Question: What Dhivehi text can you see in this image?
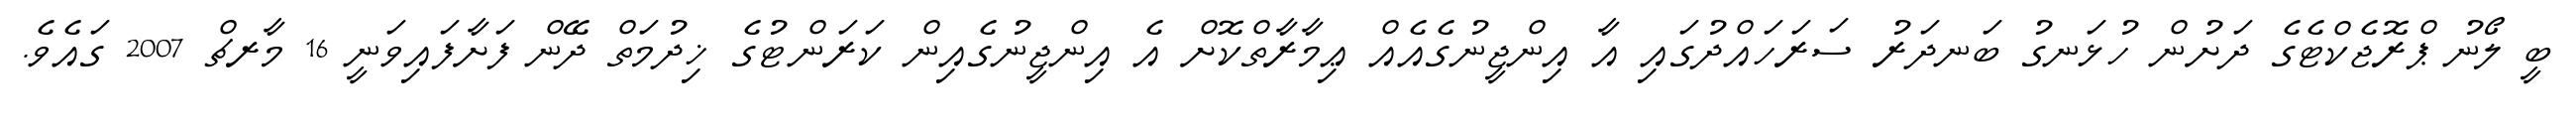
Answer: ބީ ލޯނު ޕްރޮޖެކްޓެގެ ދަށުން ހުޅަނގު ބަނދަރު ސަރަހައްދުގައި އާ އިންޖީނުގެއެއް ޢިމާރާތްކޮށް އެ އިންޖީނުގެއިން ކަރަންޓުގެ ޚިދުމަތް ދޭން ފަށާފައިވަނީ 16 މާރޗް 2007 ގައެވެ.